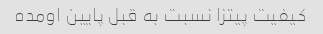
کیفیت پیتزا نسبت به قبل پایین اومده